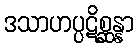
ဒသာဟပ္ပဋိစ္ဆန္နာ